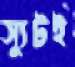
স্যুটই